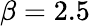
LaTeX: \beta=2.5